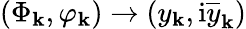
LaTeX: (\Phi_{\mathbf{k}},\varphi_{\mathbf{k}})\rightarrow(y_{\mathbf{k}},\mathrm{{i}}\overline{{{y}}}_{\mathbf{k}})